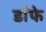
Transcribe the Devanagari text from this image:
डाँफे